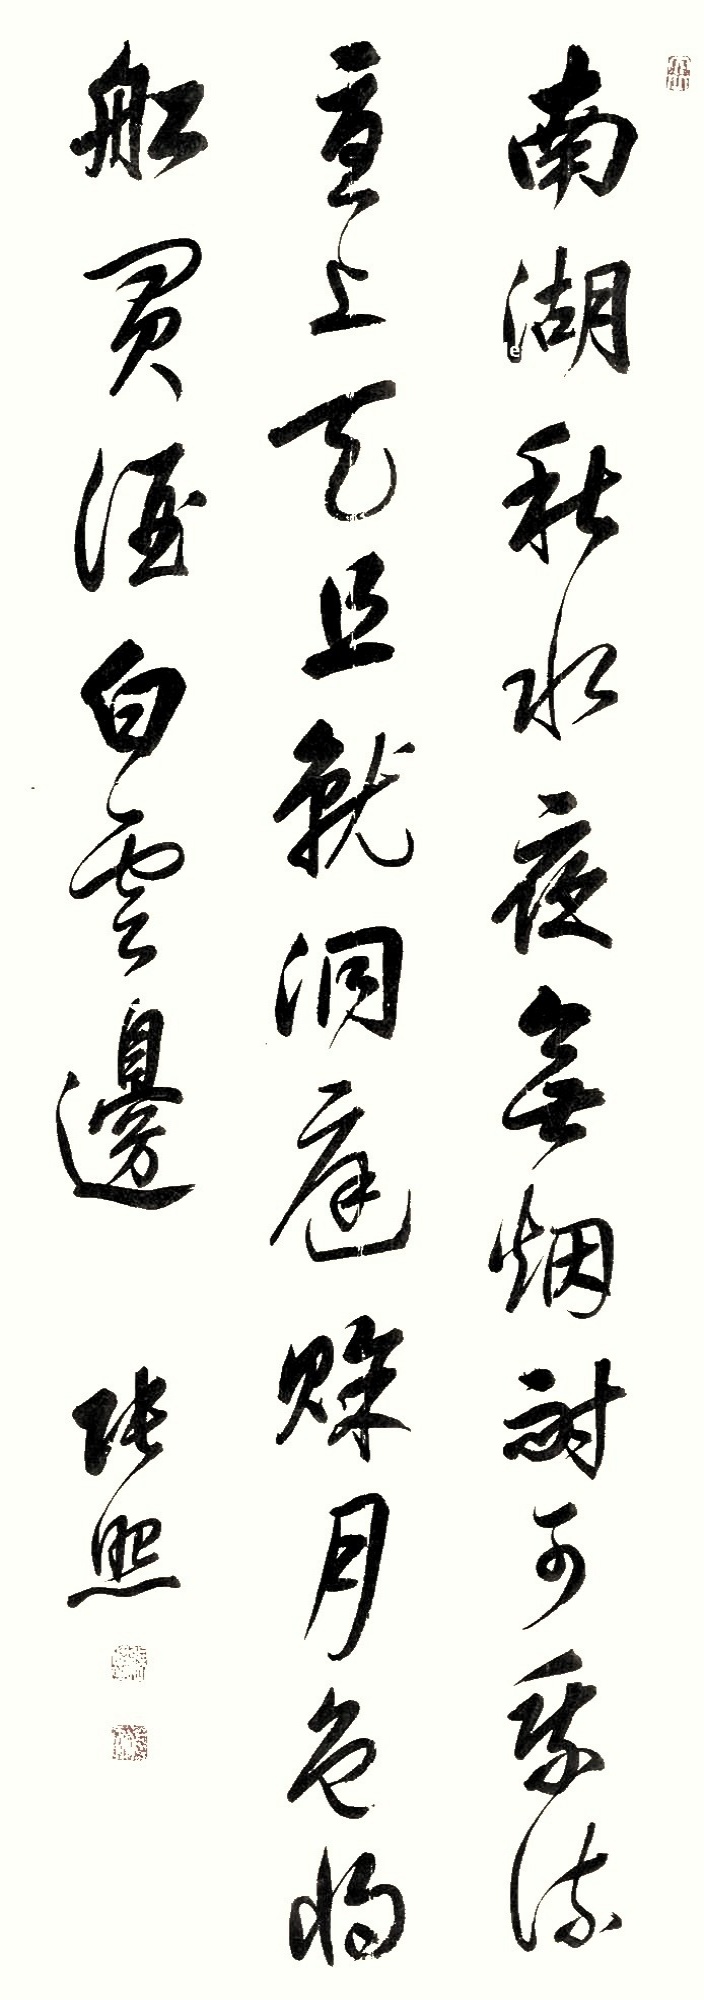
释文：南湖秋水夜无烟，耐可乘流直上天。且就洞庭赊月色，将船买酒白云边。张照。